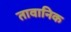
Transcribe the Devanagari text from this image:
तावानिक